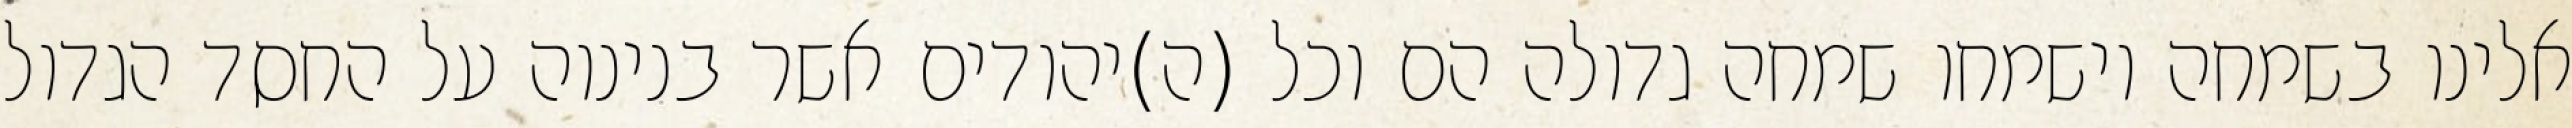
אלינו בשמחה וישמחו שמחה גדולה הם וכל (ה)יהודים אשר בנינוה על החסד הגדול